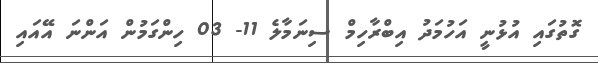
ގޮތުގައި އުޅުނީ އަހުމަދު އިބްރާހިމް ސިނަމާލެ 11- 03 ހިންގަމުން އަންނަ އޭއައި